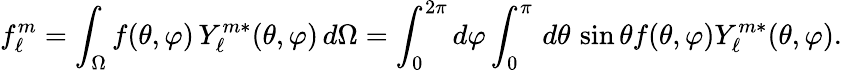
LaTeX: f_{\ell}^{m}=\int_{\Omega}f(\theta,\varphi)\, Y_{\ell}^{m*}(\theta,\varphi)\, d\Omega=\int_{0}^{2\pi}d\varphi\int_{0}^{\pi}\, d\theta\, \sin\theta f(\theta,\varphi)Y_{\ell}^{m*}(\theta,\varphi).